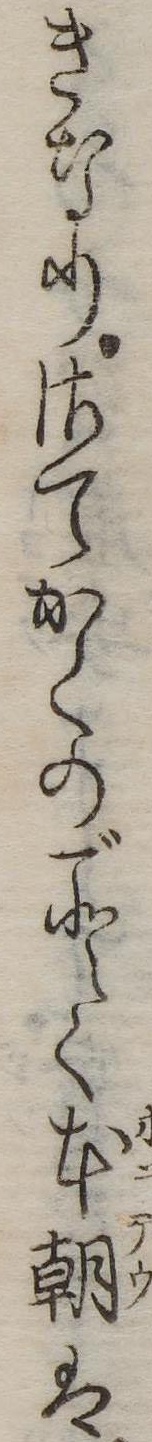
きなりさてかくのごとく本朝は